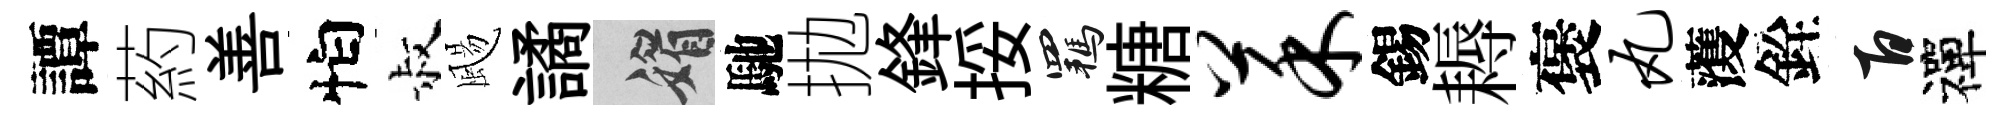
譚葯善怕叔颺譎媚馳拋鋒挼羈糖菜錫耨褒丸𮑮銓百禪